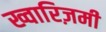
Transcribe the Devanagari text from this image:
ख्वारिज़मी